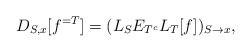
LaTeX: \begin{align*} D_{S, x} [f^{=T}] = (L_S E_{T^c} L_T [f])_{S \rightarrow x}, \end{align*}